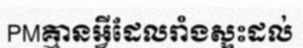
PMគ្មានអ្វីដែលរាំងស្ទះដល់